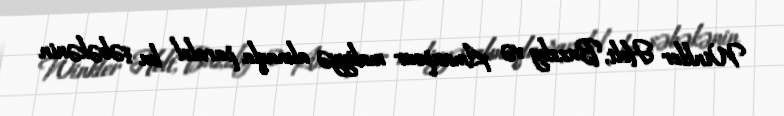
Winkler Holt, Buzzby və Amanpour maliyyə almaqla paralel bu şəbəkənin